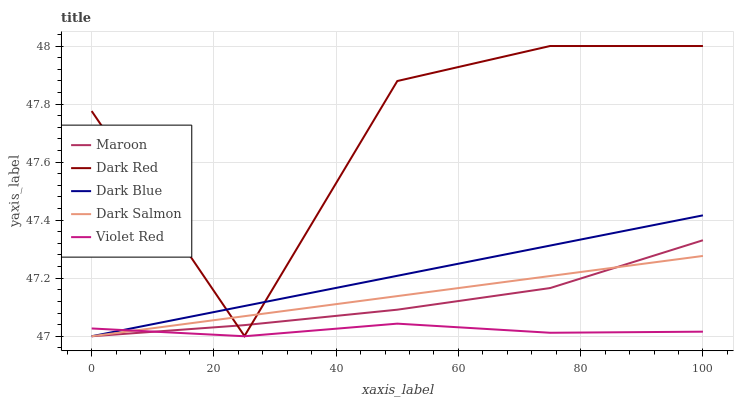
| xaxis_label | Maroon | Dark Red | Dark Blue | Dark Salmon | Violet Red |
 | --- | --- | --- | --- | --- | --- |
 | 0 | 47 | 47.8 | 47 | 47 | 47 |
 | 25 | 47 | 47 | 47.1 | 47.1 | 47 |
 | 50 | 47.1 | 47.9 | 47.2 | 47.1 | 47 |
 | 75 | 47.2 | 48 | 47.3 | 47.2 | 47 |
 | 100 | 47.3 | 48 | 47.4 | 47.3 | 47 |